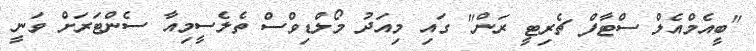
"ބީއެމްއެލް ސްޓާފް ޗެރިޓީ ރަން" ގައި މިއަދު މޯލްޑިވްސް ތެލެސީމިއާ ސެންޓަރަށް ވަނީ